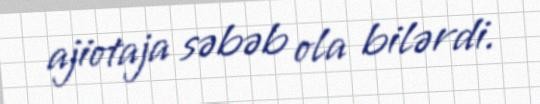
ajiotaja səbəb ola bilərdi.